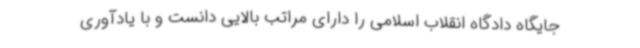
جایگاه دادگاه انقلاب اسلامی را دارای مراتب بالایی دانست و با یادآوری